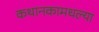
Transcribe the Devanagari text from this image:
कथानकामधल्या